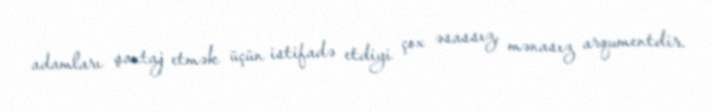
adamları şantaj etmək üçün istifadə etdiyi çox əsassız, mənasız arqumentdir.